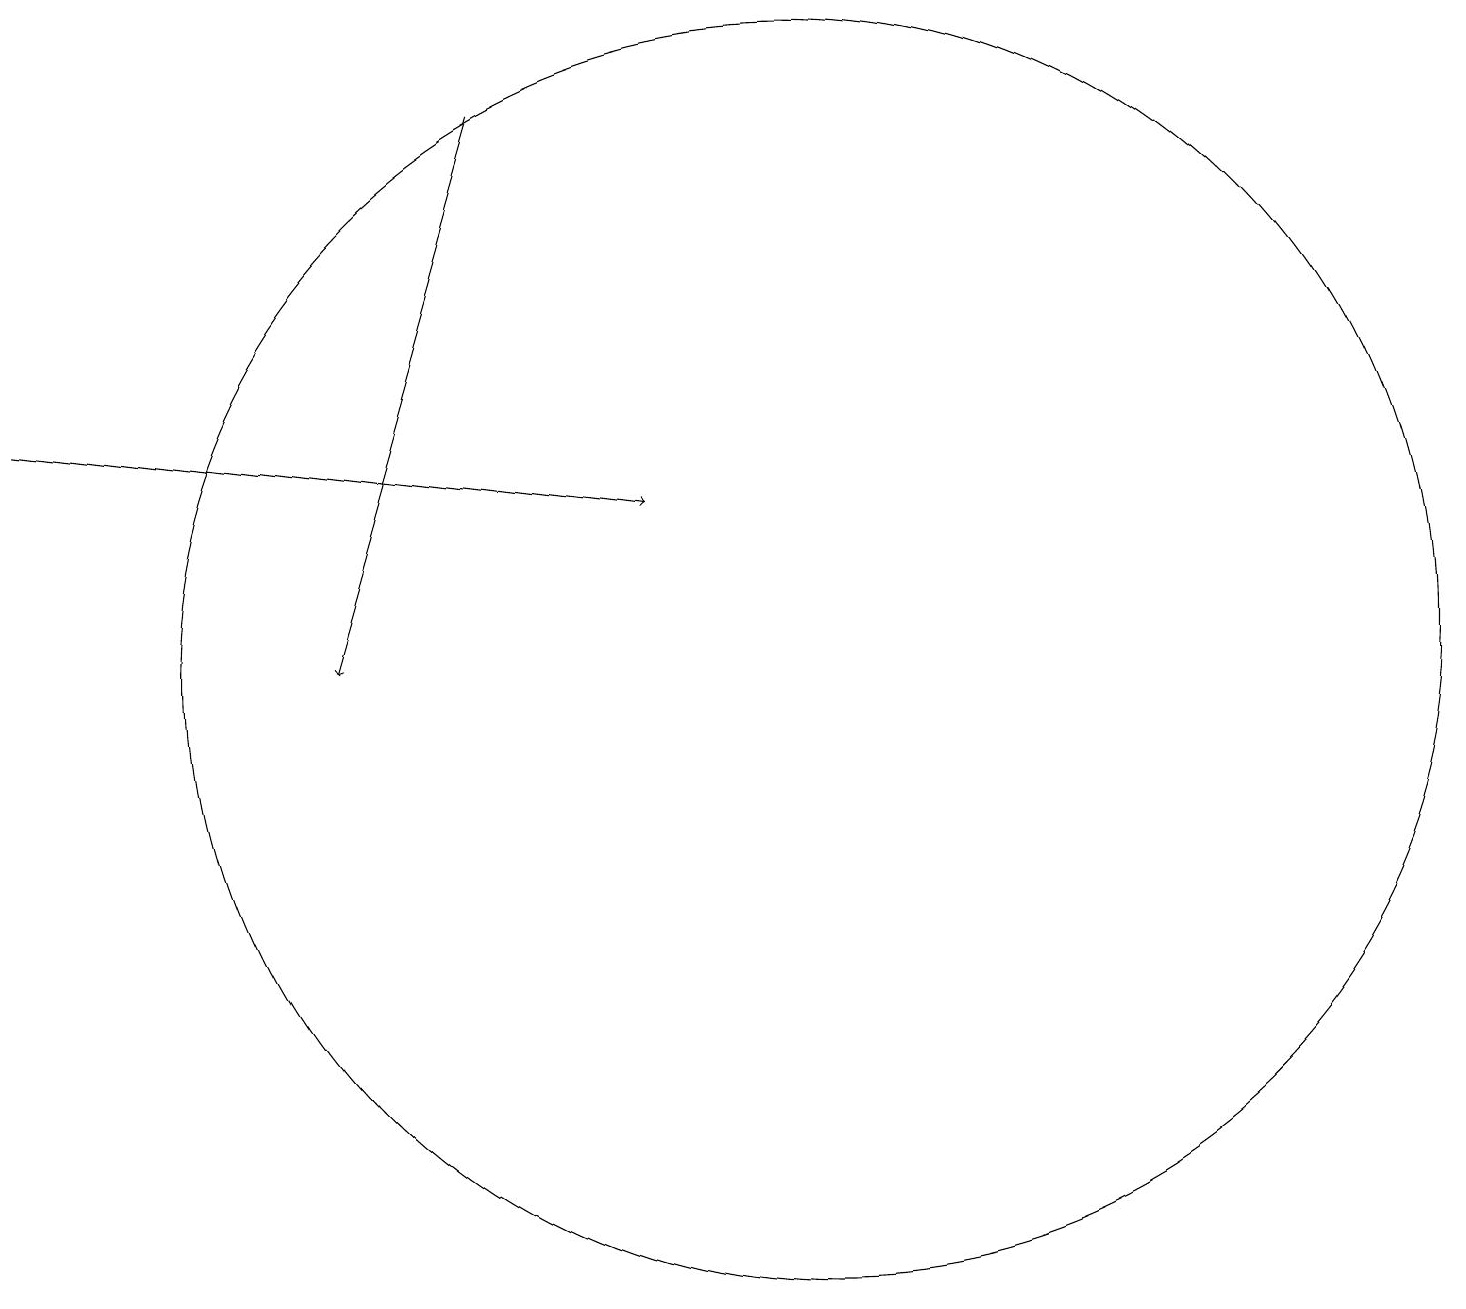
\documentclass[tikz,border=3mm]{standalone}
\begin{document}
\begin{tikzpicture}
\draw (10,11) circle (8);
\draw[->] (0,14) -- (8,13);
\draw[->] (6,18) -- (4,11);
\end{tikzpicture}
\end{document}